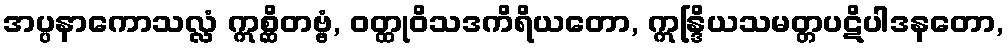
အပ္ပနာကောသလ္လံ ဣစ္ဆိတဗ္ဗံ, ဝတ္ထုဝိသဒကိရိယတော, ဣန္ဒြိယသမတ္တပဋိပါဒနတော,